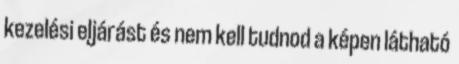
kezelési eljárást és nem kell tudnod a képen látható